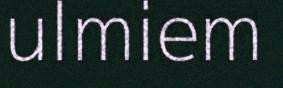
ulmiem